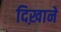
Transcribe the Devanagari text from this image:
दिख़ाने